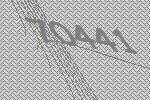
70441